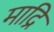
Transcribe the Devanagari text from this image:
माद्रि